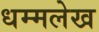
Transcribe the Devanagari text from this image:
धम्मलेख